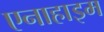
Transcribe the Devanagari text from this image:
एनाहाइम